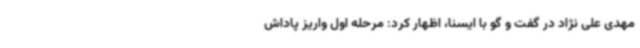
مهدی علی نژاد در گفت و گو با ایسنا، اظهار کرد: مرحله اول واریز پاداش